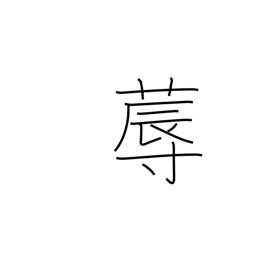
Meaning: bed